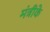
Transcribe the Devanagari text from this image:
मंत्रीके